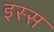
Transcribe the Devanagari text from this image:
इस्स